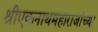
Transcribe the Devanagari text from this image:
श्रीएकनाथमहाराजांच्या